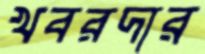
খবরদার